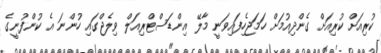
ކުރިއަށް ކުރިއަށް ގެންދިއުމަށް ހަމަޖެހިފައިވަނީ މާލޭ އިންޑަސްޓްރިއަލް ވިލެޖްގައި ހުންނަ އެ ކުންފުނީގެ